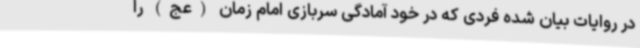
در روایات بیان شده فردی که در خود آمادگی سربازی امام زمان (عج) را